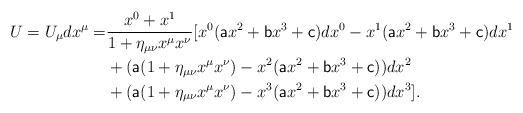
\begin{align*} U=U_\mu dx^\mu=&\frac{x^0+x^1}{1+\eta_{\mu\nu}x^\mu x^\nu}[x^0(\textsf{a}x^2+\textsf{b}x^3+\textsf{c})dx^0-x^1(\textsf{a}x^2+\textsf{b}x^3+\textsf{c})dx^1\\&+(\textsf{a}(1+\eta_{\mu\nu}x^\mu x^\nu)-x^2(\textsf{a}x^2+\textsf{b}x^3+\textsf{c}))dx^2\\&+(\textsf{a}(1+\eta_{\mu\nu}x^\mu x^\nu)-x^3(\textsf{a}x^2+\textsf{b}x^3+\textsf{c}))dx^3].\end{align*}